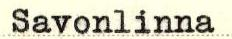
Savonlinna